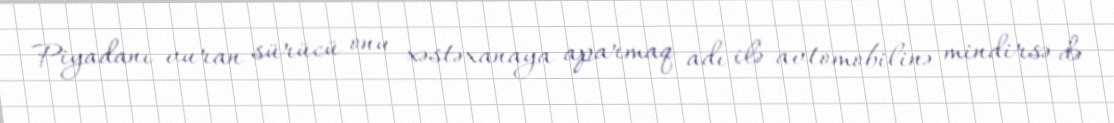
Piyadanı vuran sürücü onu xəstəxanaya aparmaq adı ilə avtomobilinə mindirsə də